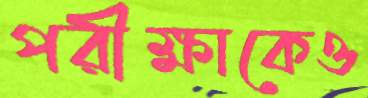
পরীক্ষাকেও